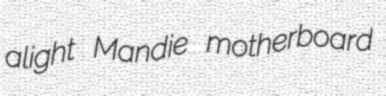
alight Mandie motherboard